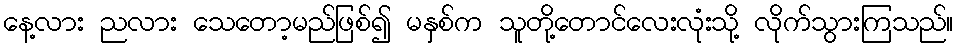
နေ့လား ညလား သေတော့မည်ဖြစ်၍ မနှစ်က သူတို့တောင်လေးလုံးသို့ လိုက်သွားကြသည်။